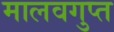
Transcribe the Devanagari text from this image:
मालवगुप्त